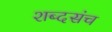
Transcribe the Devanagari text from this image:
शब्दसंच